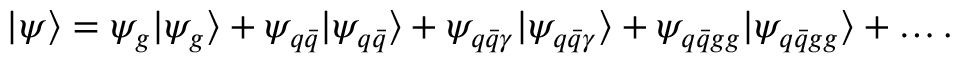
| \psi \rangle = \psi _ { g } | \psi _ { g } \rangle + \psi _ { q \bar { q } } | \psi _ { q \bar { q } } \rangle + \psi _ { q \bar { q } \gamma } | \psi _ { q \bar { q } \gamma } \rangle + \psi _ { q \bar { q } g g } | \psi _ { q \bar { q } g g } \rangle + \ldots .